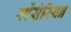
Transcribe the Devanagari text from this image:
स्पेंसेरियन